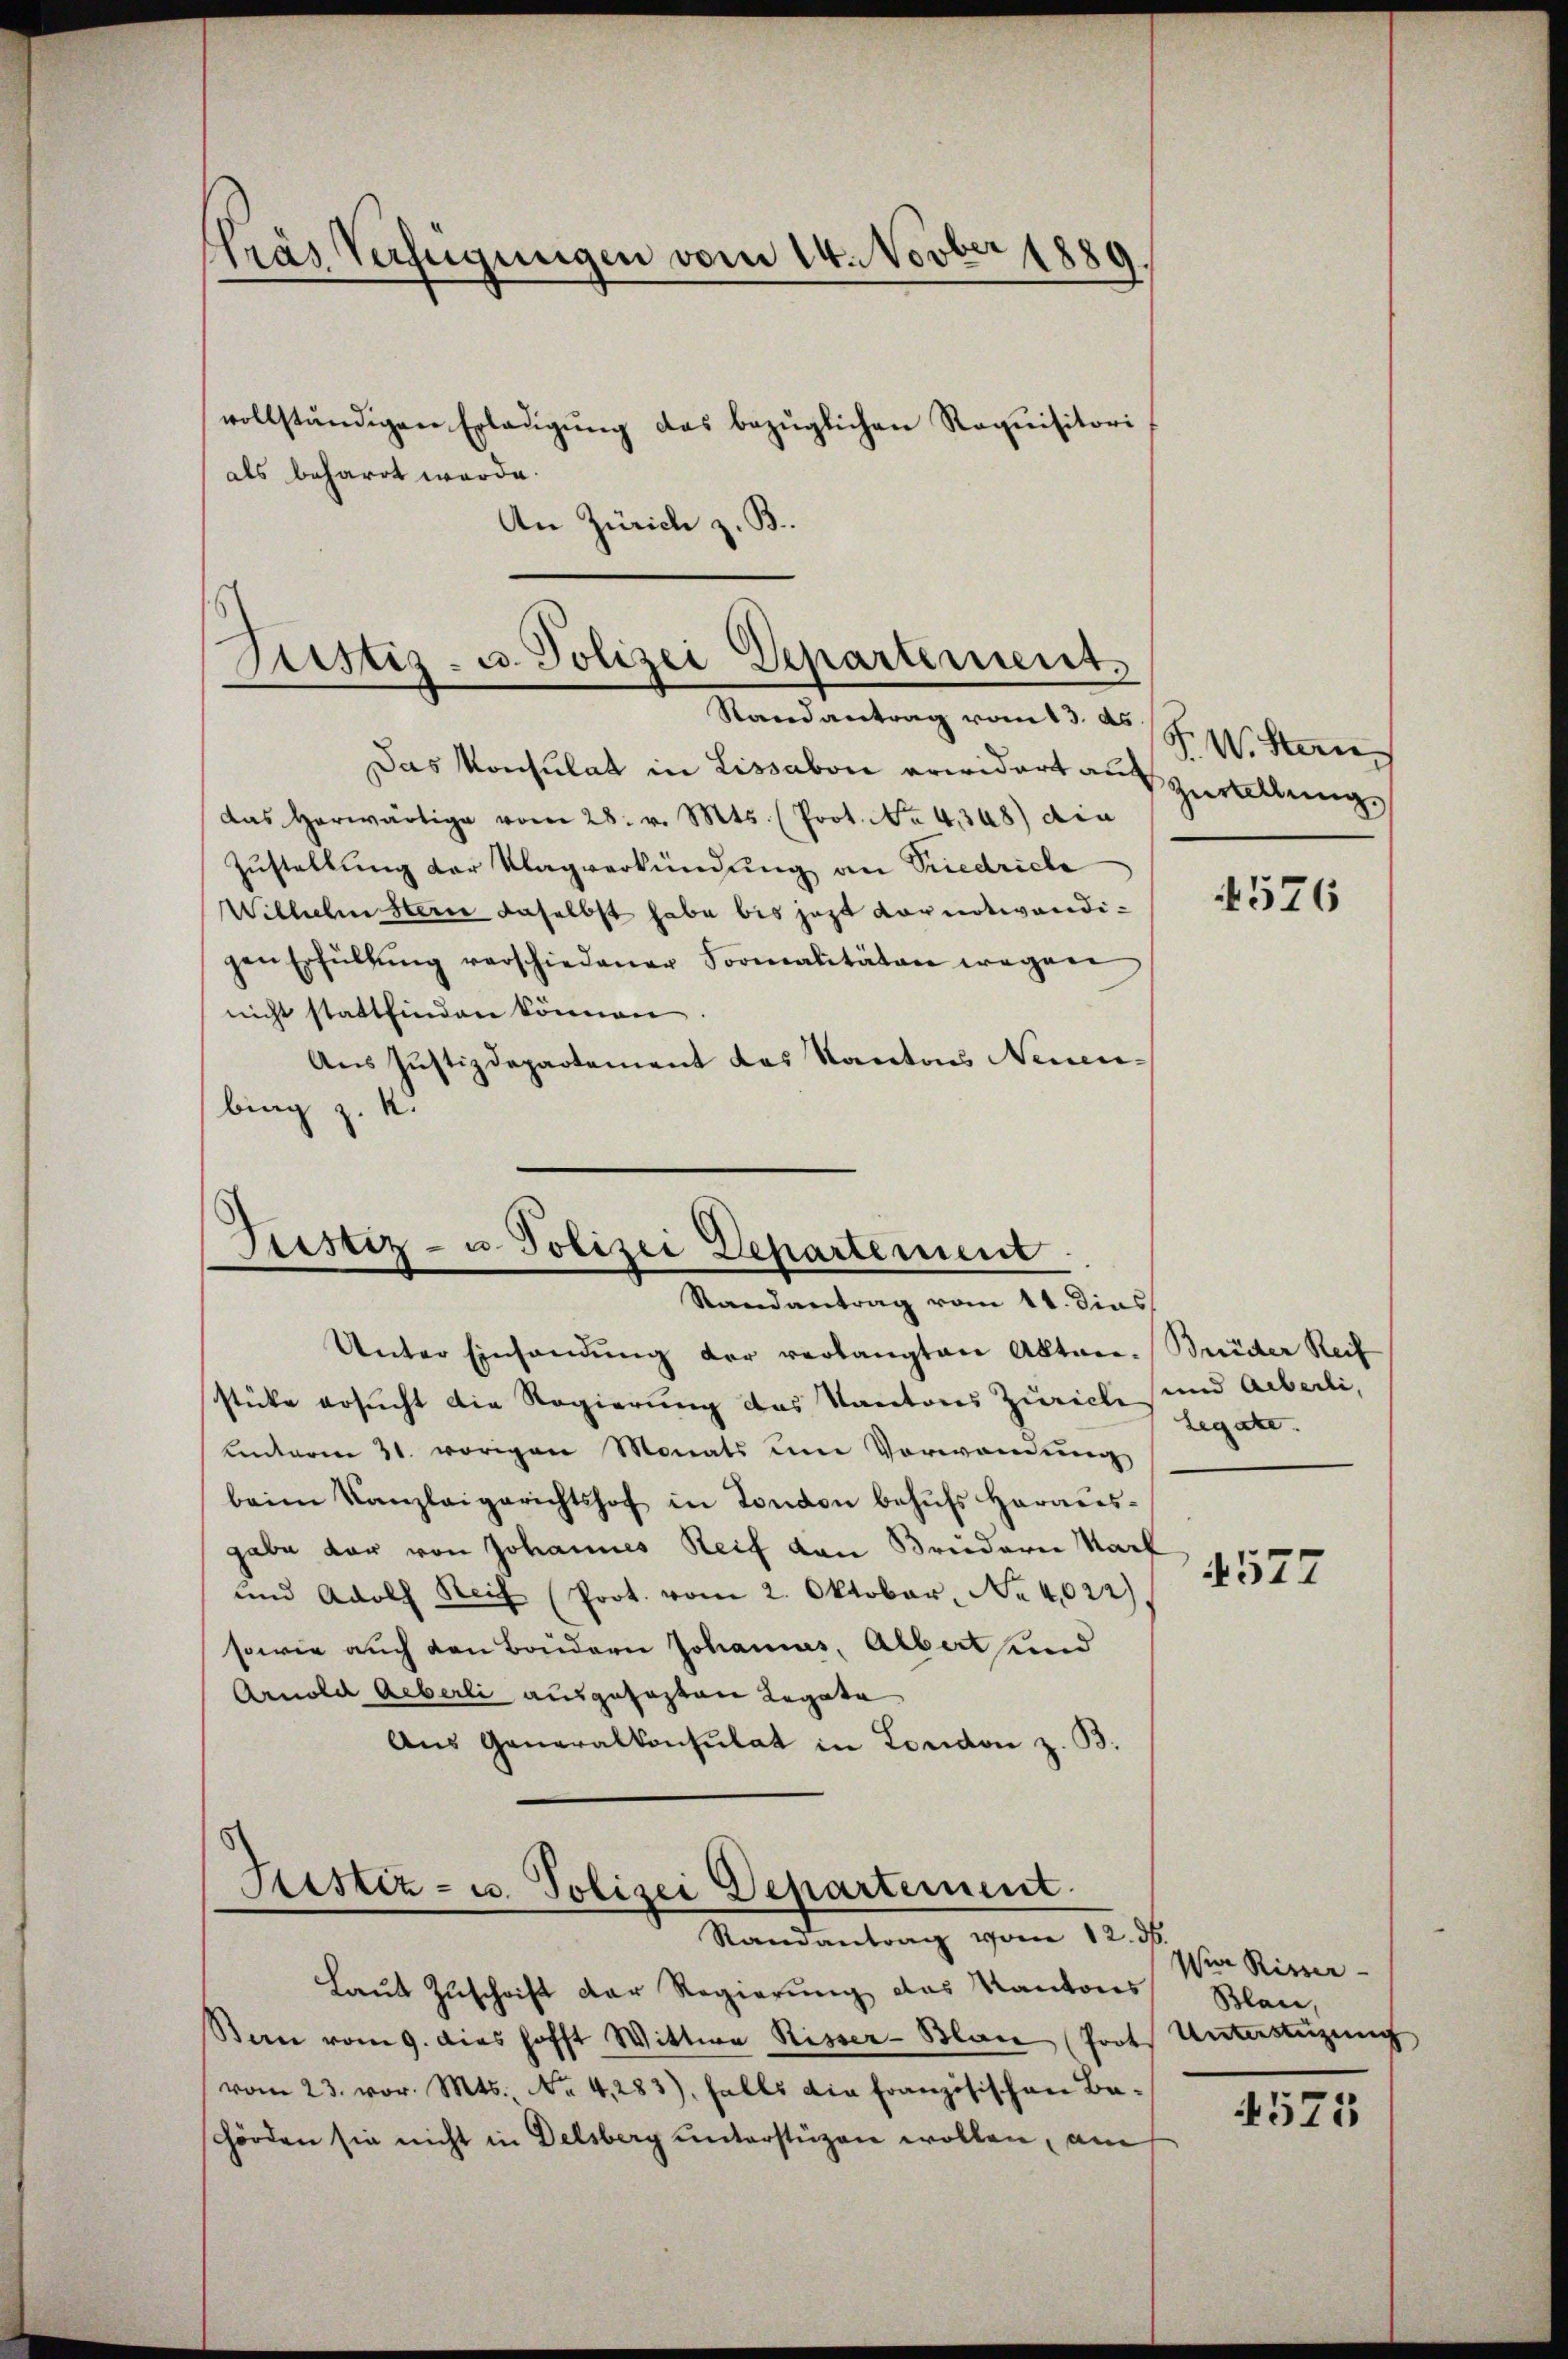
1889.
Tras Verfügungen vom 14. Novb
vollständigen Erledigŭng das bezüglichen Requisitori
als beharrt werde.

An Zürich z. B.

Justiz- u. Polizei Departement.
—
Randantrag vom 13. ds.

Das Konsulat in Lissabon erwidert aufzustellung
das herwärtige vom 28. v. Mts. (Prot. No. 4348) die
Zustellung der Klagverkündung an Friedrich
Wilhelm Stern daselbst habe bis jezt Kornotwendigen Erfüllŭng verschiedener Formalitäten wegen
nicht stattfinden können
Aus Justizdepartement des Kantons Neuen.
bing z. K.

Giustiz- u. Polizei Departement.
Randantrag vom 11. dies

Sistiz- u. Polizei Departement.
Ramantrag vom 12. ds.

Unter Einsendung der verlangten Abtace-Brüder Reif
stücke ersucht die Regierung des Kantons Zürich
Lnterm 31. vorigen Monats um Vorwandung
beim Kanzleigerichtshof in London behŭfs Harales-
gabe dar von Johannes Reif von Brüdern Mark
und Adolf Steif (Prot. vom 2. Oktober, No. 4022).
sowie auch den Brudern Johannes, Albert und
Arnold Aeberli ausgefasten Legata,
Aus Generalkonsulat in London z. B.

F. W. Han

Laut Zuschrift der Regierung das Kantons
San vom 9. dies hofft Wittwe Risser-Blau (Prots Unterstüzung
(vom 23. vor. Mts., Nr. 4,283), falls die französischen Ba-
chörden sie nicht in Delsberg unterstüzen wollen, am

und Aeberli,
Legate.

1576

4577

Wier Risser-
Blau,

575